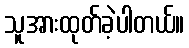
သူအားထုတ်ခဲ့ပါတယ်။